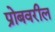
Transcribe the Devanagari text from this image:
प्रोबवरील